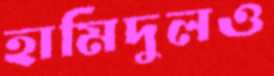
হামিদুলও